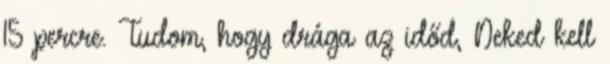
15 percre. Tudom, hogy drága az időd, Neked kell